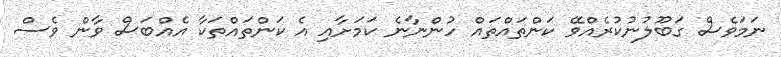
ނަމަވެސް ގަބޫލުނުކުރެއްވޭ ކަންތައްތައް ހުންނާނެ ކަމަށާއި އެ ކަންތައްތަކާ އެއްބަސް ވާން ވެސް